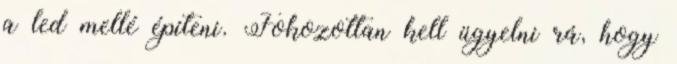
a led mellé építeni. Fokozottan kell ügyelni rá, hogy